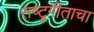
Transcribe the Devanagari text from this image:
राष्ट्र्गीताचा